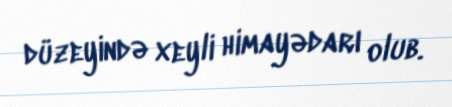
düzeyində xeyli himayədarı olub.